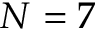
N = 7